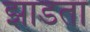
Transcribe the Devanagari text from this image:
झाडता